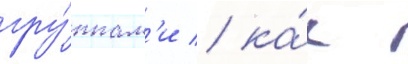
гру́ппам'и / ка́к